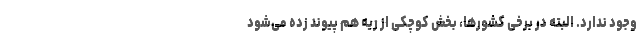
وجود ندارد. البته در برخی کشورها، بخش کوچکی از ریه هم پیوند زده می‌شود